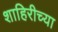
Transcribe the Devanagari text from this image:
शाहिरीच्या